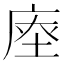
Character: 𢉉